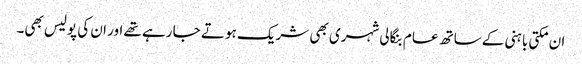
ان مکتی باہنی کے ساتھ عام بنگالی شہری بھی شریک ہو تے جا رہے تھے اور ان کی پولیس بھی۔